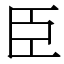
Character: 臣